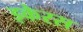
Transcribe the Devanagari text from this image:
इकेरस